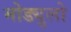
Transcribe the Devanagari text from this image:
मोड्युलो